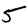
Digit: 5